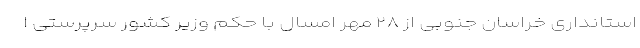
استانداری خراسان جنوبی از ۲۸ مهر امسال با حکم وزیر کشور سرپرستی ا